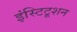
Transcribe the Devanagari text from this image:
इंस्टिटूशन